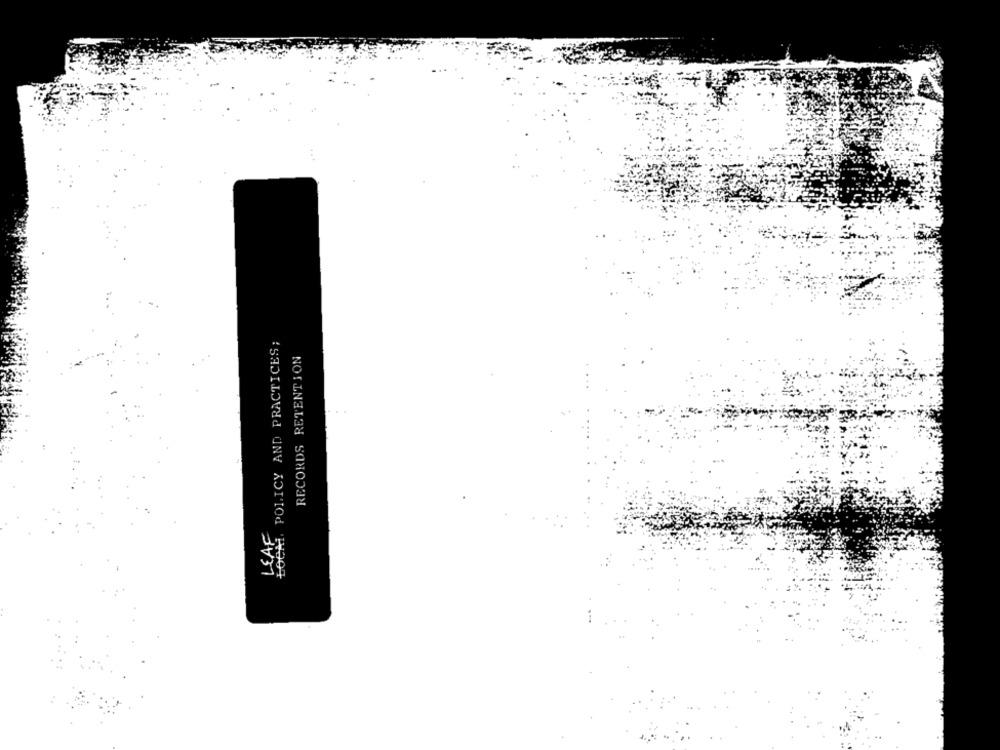
ŁOCM. POLICY AND PRACTICES;
RECORDS RETENTION
LEAF